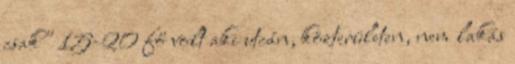
csak" 15-20 fő volt aki utcán, közterületen, nem lakás